Indian journal of veterinary science and animal husbandry - Volumes 15-17, 1948-1951
Year: 1948
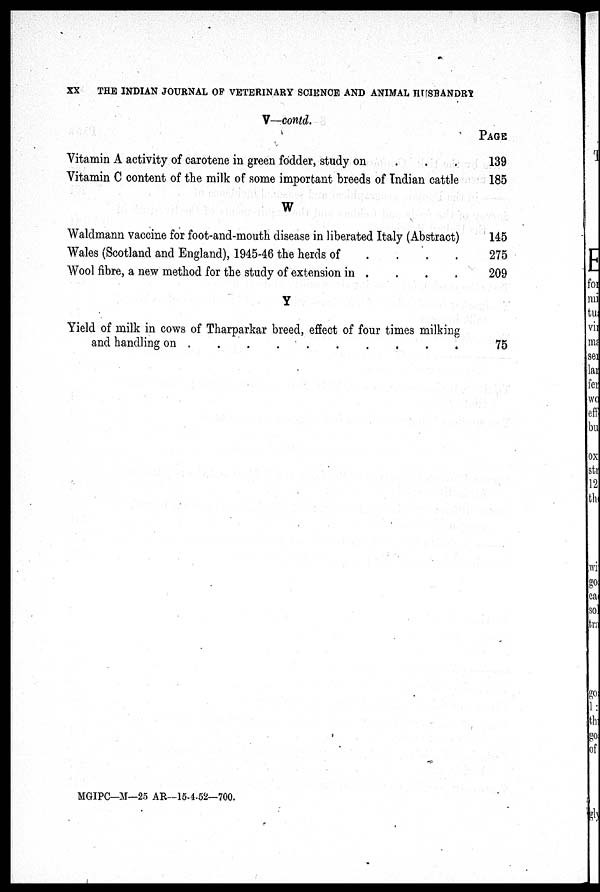
XX
THE INDIAN JOURNAL OF VETERINARY SCIENCE AND ANIMAL HUSBANDRY
V—contd.
Vitamin A activity of carotene in green fodder, study on . . .
Vitamin C content of the milk of some important breeds of Indian cattle
W
Waldmann vaccine for foot-and-mouth disease in liberated Italy (Abstract)
Wales (Scotland and England), 1945-46 the herds of . . . .
Wool fibre, a new method for the study of extension in . . . .
Y
Yield of milk in cows of Tharparkar breed, effect of four times milking
and handling on . . . . . . . . . .
PAGE
139
185
145
275
209
75
MGIPC—M—25 AR—15-4-52—700.